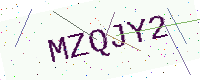
Text: MZQJY2